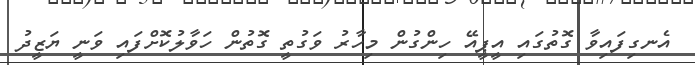
އެނގިފައިވާ ގޮތުގައި އީޕީއޭ ހިންގުން މިހާރު ވަގުތީ ގޮތުން ހަވާލުކޮށްފައި ވަނީ ޔަޒީދު